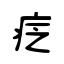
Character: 疺